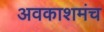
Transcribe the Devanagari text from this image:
अवकाशमंच